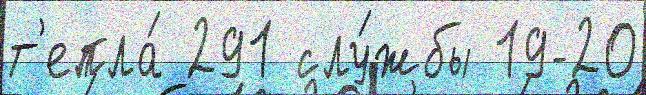
т'епла́ 291 слу́жбы 19-20